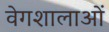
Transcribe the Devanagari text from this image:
वेगशालाओं